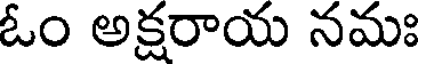
ఓం అక్షరాయ నమః